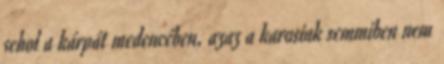
sehol a kárpát medencében, azaz a karosiak semmiben nem